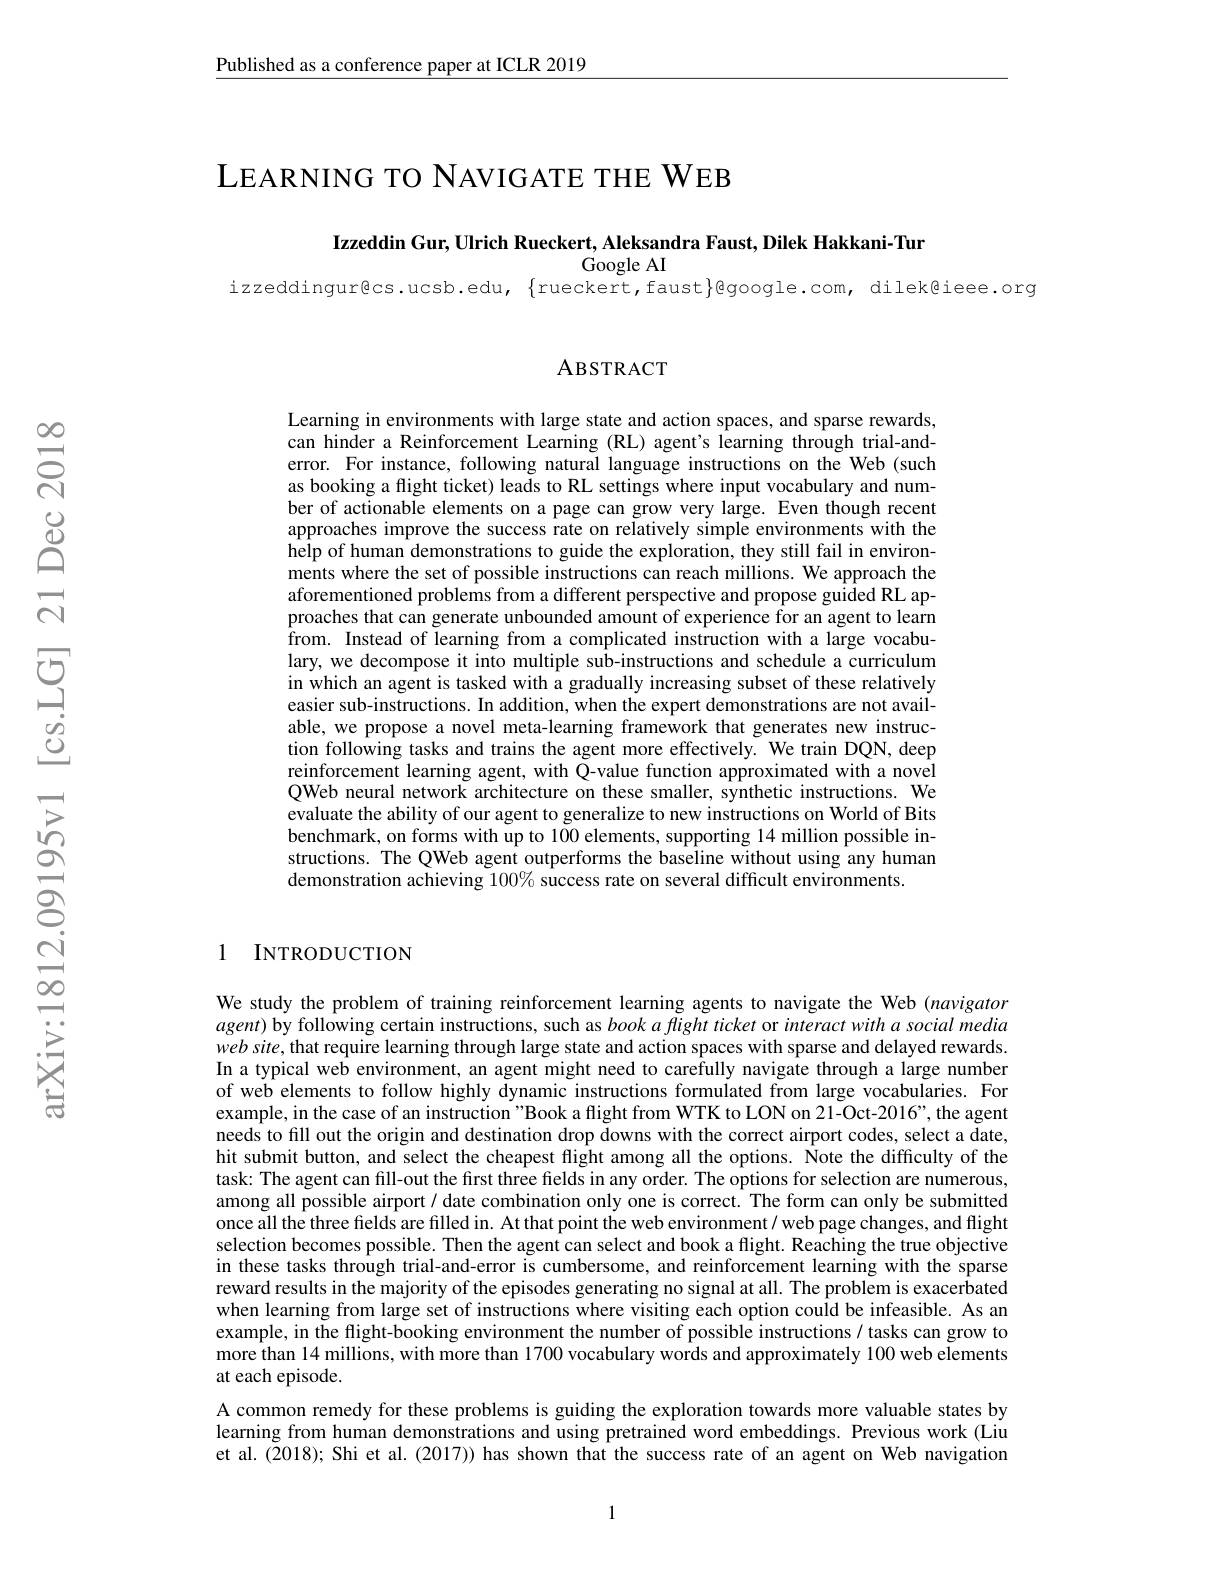
$\underline{\text{Published as a conference paper at ICLR 2019}}$

LEARNING TO NAVIGATE THE WEB

Izzeddin Gur, Ulrich Rueckert, Aleksandra Faust, Dilek Hakkani-Tun
Google AI
izzeddingurêcs.ucsb.edu, $\{$rueckert,faust}@google.com, dilek@iee.org

### ABSTRACT

Learning in environments with large state and action spaces, and sparse rewards, can hinder a Reinforcement Learning (RL) agent's learning through trial-anderror. For instance, following natural language instructions on the Web (such as booking a flight ticket) leads to RL settings where input vocabulary and number of actionable elements on a page can grow very large. Even though recent approaches improve the success rate on relatively simple environments with the help of human demonstrations to guide the exploration, they still fail in environments where the set of possible instructions can reach millions. We approach the aforementioned problems from a different perspective and propose guided RL approaches that can generate unbounded amount of experience for an agent to learn from. Instead of learning from a complicated instruction with a large vocabulary, we decompose it into multiple sub-instructions and schedule a curriculum in which an agent is tasked with a gradually increasing subset of these relatively easier sub-instructions. In addition, when the expert demonstrations are not available, we propose a novel meta-learning framework that generates new instruction following tasks and trains the agent more effectively. We train DQN, deep reinforcement learning agent, with Q-value function approximated with a novel QWeb neural network architecture on these smaller, synthetic instructions. We evaluate the ability of our agent to generalize to new instructions on World of Bits benchmark, on forms with up to 100 elements, supporting 14 million possible instructions. The QWeb agent outperforms the baseline without using any human demonstration achieving $100\%$ success rate on several difficult environments.

1 INTRODUCTION

We study the problem of training reinforcement learning agents to navigate the Web $(navigator$ $agent)$ by following certain instructions, such as book a flight ticket or interact with a social media $website$, that require learning through large state and action spaces with sparse and delayed rewards. In a typical web environment, an agent might need to carefully navigate through a large number of web elements to follow highly dynamic instructions formulated from large vocabularies. For example, in the case of an instruction"Book a flight from WTK to LON on 21-Oct-2016", the agent needs to fill out the origin and destination drop downs with the correct airport codes, select a date, hit submit button, and select the cheapest flight among all the options. Note the difficulty of the task: The agent can fill-out the first three fields in any order. The options for selection are numerous, among all possible airport $\iota$ date combination only one is correct. The form can only be submitted once all the three fields are filled in. At that point the web environment/ web page changes, and flight selection becomes possible. Then the agent can select and book a flight. Reaching the true objective in these tasks through trial-and-error is cumbersome, and reinforcement learning with the sparse reward results in the majority of the episodes generating no signal at all. The problem is exacerbated when learning from large set of instructions where visiting each option could be infeasible. As an example, in the flight-booking environment the number of possible instructions / tasks can grow to more than 14 millions, with more than 1700 vocabulary words and approximately 100 web elements at each episode.
A common remedy for these problems is guiding the exploration towards more valuable states by learning from human demonstrations and using pretrained word embeddings. Previous work (Liu

et al.(2018); Shi et al.(2017)) has shown that the success rate of an agent on Web navigation

1